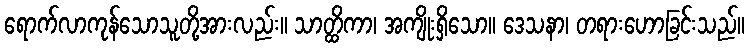
ရောက်လာကုန်သောသူတို့အားလည်း။ သာတ္ထိကာ၊ အကျိုးရှိသော။ ဒေသနာ၊ တရားဟောခြင်းသည်။